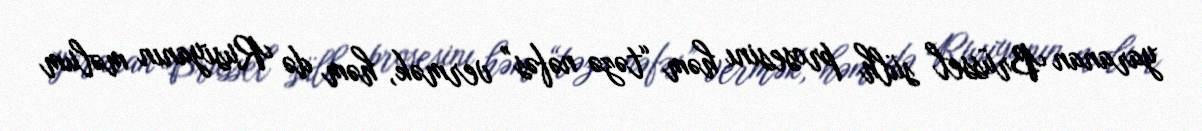
yaranan Brüssel sülh prosesinı həm “təzə nəfəs” vermək, həm də Rusiyanın məlum